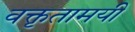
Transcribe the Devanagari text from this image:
वक्तृतामयी